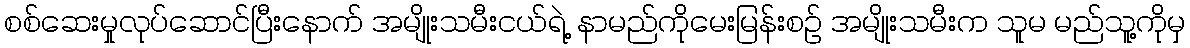
စစ်ဆေးမှုလုပ်ဆောင်ပြီးနောက် အမျိုးသမီးငယ်ရဲ့ နာမည်ကိုမေးမြန်းစဉ် အမျိုးသမီးက သူမ မည်သူ့ကိုမှ